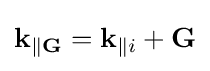
\mathbf {k} _{\parallel \mathbf {G} }=\mathbf {k} _{\parallel i}+\mathbf {G}